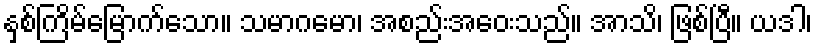
နှစ်ကြိမ်မြောက်သော။ သမာဂမော၊ အစည်းအဝေးသည်။ အာသိ၊ ဖြစ်ပြီ။ ယဒါ၊